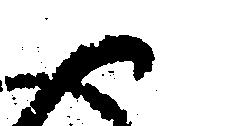
御